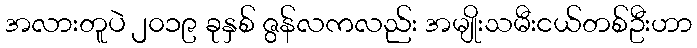
အလားတူပဲ ၂၀၁၉ ခုနှစ် ဇွန်လကလည်း အမျိုးသမီးငယ်တစ်ဦးဟာ